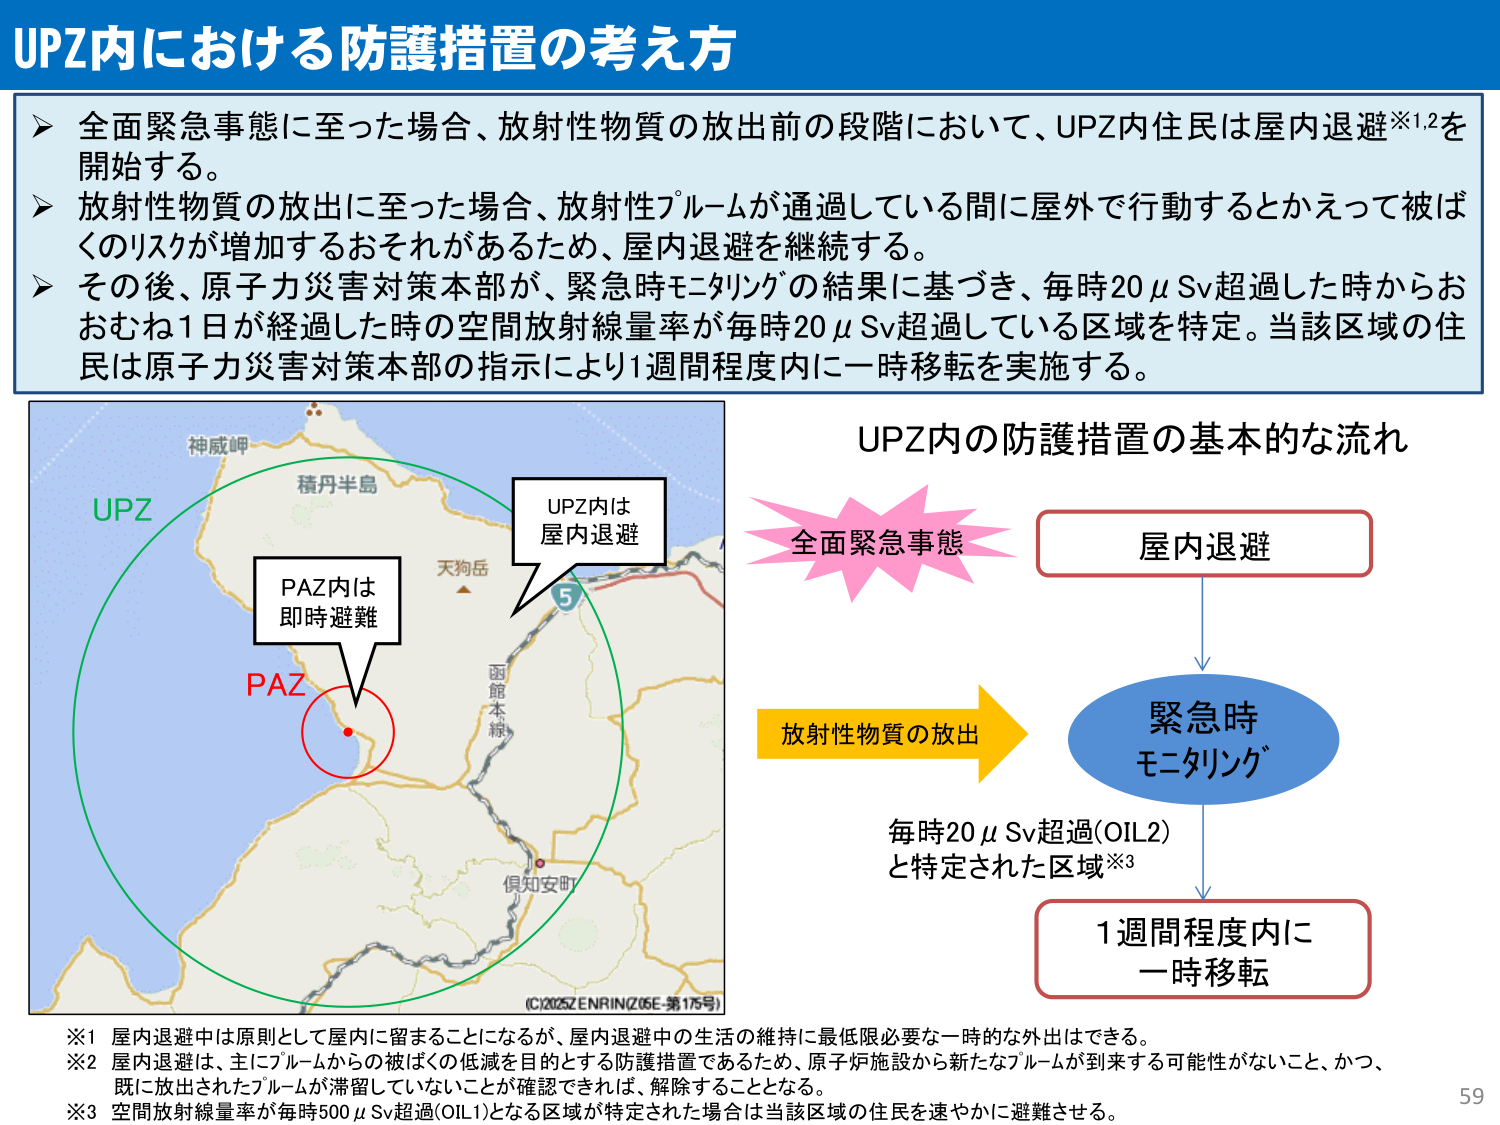
UPZ内における防護措置の考え方

▶ 全面緊急事態に至った場合、放射性物質の放出前の段階において、UPZ内住民は屋内退避※1,2を開始する。
▶ 放射性物質の放出に至った場合、放射性プルームが通過している間に屋外で行動するとかえって被ばくのリスクが増加するおそれがあるため、屋内退避を継続する。
▶ その後、原子力災害対策本部が、緊急時モニタリングの結果に基づき、毎時20μSv超過した時からおおむね1日が経過した時の空間放射線量率が毎時20μSv超過している区域を特定。当該区域の住民は原子力災害対策本部の指示により1週間程度内に一時移転を実施する。

UPZ内の防護措置の基本的な流れ

全面緊急事態 → 屋内退避
↓
放射性物質の放出 → 緊急時モニタリング
↓
毎時20μSv超過(OIL2) と特定された区域※3 → 1週間程度内に一時移転

※1 屋内退避中は原則として屋内に留まることになるが、屋内退避中の生活の維持に最低限必要な一時的な外出はできる。
※2 屋内退避は、主にプルームからの被ばくの低減を目的とする防護措置であるため、原子炉施設から新たなプルームが到来する可能性がないこと、かつ、既に放出されたプルームが滞留していないことが確認できれば、解除することとなる。
※3 空間放射線量率が毎時500μSv超過(OIL1)となる区域が特定された場合は当該区域の住民を速やかに避難させる。

神威岬
積丹半島
天狗岳
函館本線
倶知安町
UPZ
PAZ
PAZ内は即時避難
UPZ内は屋内退避
(C)2025ZENRIN(Z05E-第175号)
59